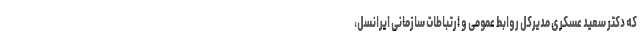
که دکتر سعید عسکری مدیرکل روابط عمومی و ارتباطات سازمانی ایرانسل،